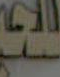
Te